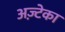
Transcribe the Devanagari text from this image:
अज़्टेका